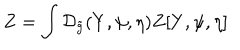
LaTeX: Z = \int { \mathcal { D } _ { \tilde { g } } } ( Y , \psi , \eta ) Z [ Y , \psi , \eta ]